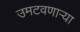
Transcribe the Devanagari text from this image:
उमटवणाऱ्या